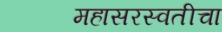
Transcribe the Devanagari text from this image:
महासरस्वतीचा